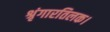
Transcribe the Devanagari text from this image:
श्रृंगारतिलक।